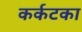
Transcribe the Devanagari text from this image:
कर्कटका